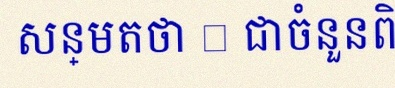
សន្មតថា x ជាចំនួនពិត